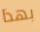
بهذا